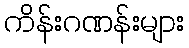
ကိန်းဂဏန်းများ